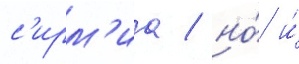
с'ирм'иа / но́ и́